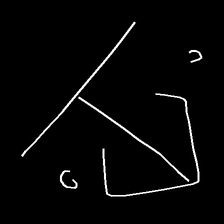
Glyph: earth